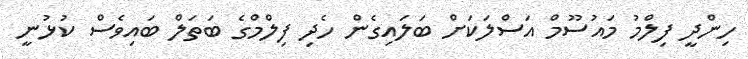
ހިންދީ ފިލްމު މައުސޫމް އަސްލަކަށް ބަލައިގެން ހެދި ފިލްމްގެ ބަތަލް ބައިވެސް ކުޅުނީ